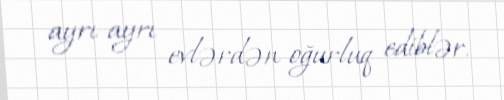
ayrı-ayrı evlərdən oğurluq ediblər.